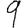
Digit: 9